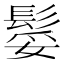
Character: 𩭏